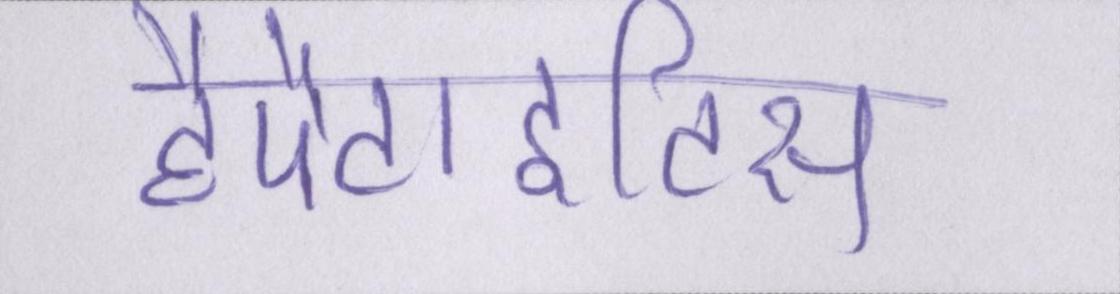
हैपैटाइटिस